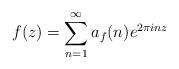
LaTeX: \begin{align*}f(z) = \sum_{n=1}^{\infty} a_f(n) e^{2\pi i n z}\end{align*}